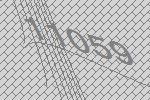
11059